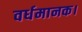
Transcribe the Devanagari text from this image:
वर्धमानक।